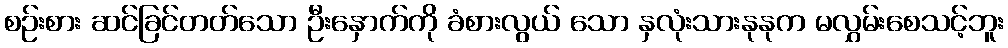
စဉ်းစား ဆင်ခြင်တတ်သော ဦးနှောက်ကို ခံစားလွယ် သော နှလုံးသားနုနုက မလွှမ်းစေသင့်ဘူး